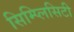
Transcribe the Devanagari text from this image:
सिम्प्लिसिटी